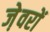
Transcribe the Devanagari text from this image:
जे़वरों